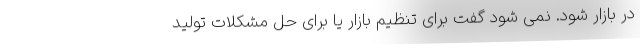
در بازار شود. نمی شود گفت برای تنظیم بازار یا برای حل مشکلات تولید